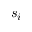
s _ { i }